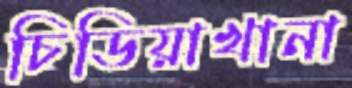
চিডিয়াখানা